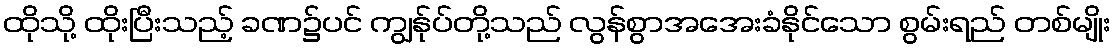
ထိုသို့ ထိုးပြီးသည့် ခဏ၌ပင် ကျွန်ုပ်တို့သည် လွန်စွာအအေးခံနိုင်သော စွမ်းရည် တစ်မျိုး